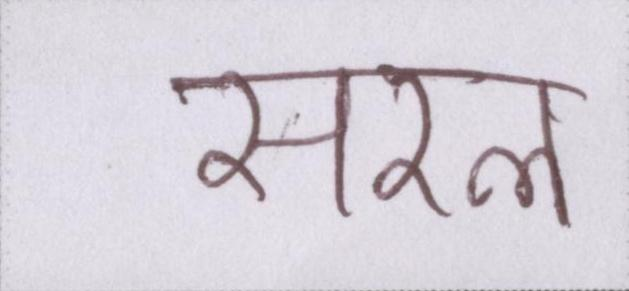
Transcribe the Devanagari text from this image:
सरल